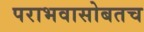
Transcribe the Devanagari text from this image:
पराभवासोबतच